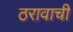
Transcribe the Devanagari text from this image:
ठरावाची